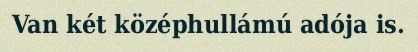
Van két középhullámú adója is.